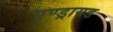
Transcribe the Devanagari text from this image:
एण्ड्रायड